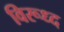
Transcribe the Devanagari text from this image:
विरूध्‍द